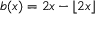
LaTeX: b ( x ) = 2 x - \lfloor 2 x \rfloor